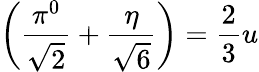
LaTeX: \left(\frac{\pi^{0}}{\sqrt{2}}+\frac{\eta}{\sqrt{6}}\right)=\frac{2}{3}u